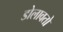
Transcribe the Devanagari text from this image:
डोलावतो